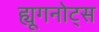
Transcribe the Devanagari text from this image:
ह्यूगनोट्स